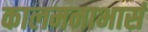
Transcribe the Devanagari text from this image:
कालमनाभासं